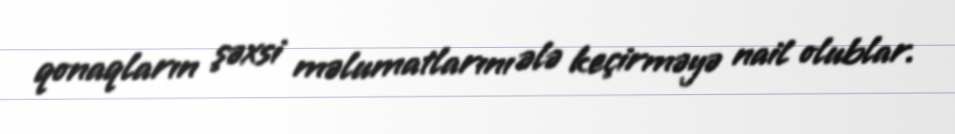
qonaqların şəxsi məlumatlarını ələ keçirməyə nail olublar.